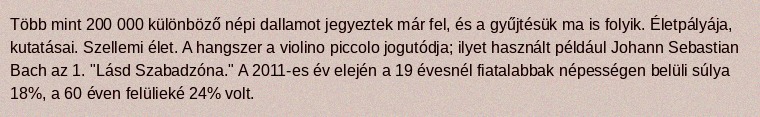
Több mint 200 000 különböző népi dallamot jegyeztek már fel, és a gyűjtésük ma is folyik. Életpályája, kutatásai. Szellemi élet. A hangszer a violino piccolo jogutódja; ilyet használt például Johann Sebastian Bach az 1. "Lásd Szabadzóna." A 2011-es év elején a 19 évesnél fiatalabbak népességen belüli súlya 18%, a 60 éven felülieké 24% volt.